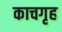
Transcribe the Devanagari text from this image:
काचगृह